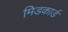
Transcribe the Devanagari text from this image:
मिडकार्ड